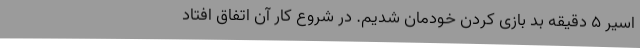
اسیر 5 دقیقه بد بازی کردن خودمان شدیم. در شروع کار آن اتفاق افتاد